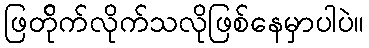
ဖြတ်ိုက်လိုက်သလိုဖြစ်နေမှာပါပဲ။